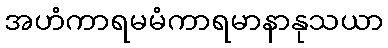
အဟံကာရမမံကာရမာနာနုသယာ